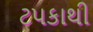
ટપકાથી